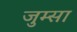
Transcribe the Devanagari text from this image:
जुम्सा